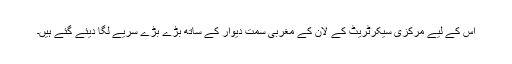
اس کے لیے مرکزی سیکرٹریٹ کے لان کے مغربی سمت دیوار کے ساتھ بڑے بڑے سریے لگا دیئے گئے ہیں۔